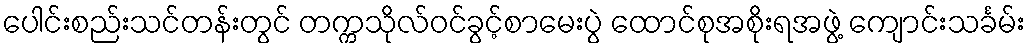
ပေါင်းစည်းသင်တန်းတွင် တက္ကသိုလ်ဝင်ခွင့်စာမေးပွဲ ထောင်စုအစိုးရအဖွဲ့ ကျောင်းသင်္ခမ်း